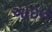
ઓઇલ